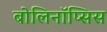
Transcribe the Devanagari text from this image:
बोलिनॉप्सिस